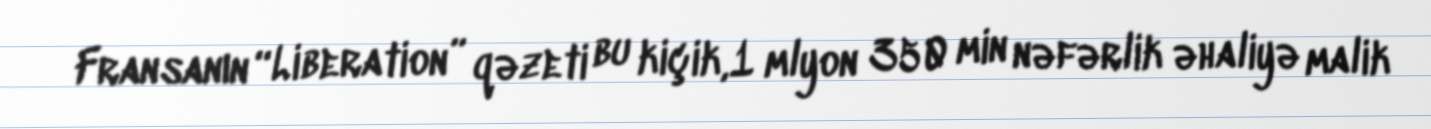
Fransanın “Liberation” qəzeti bu kiçik,1 mlyon 350 min nəfərlik əhaliyə malik